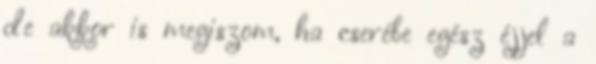
de akkor is megiszom, ha cserébe egész éjjel a